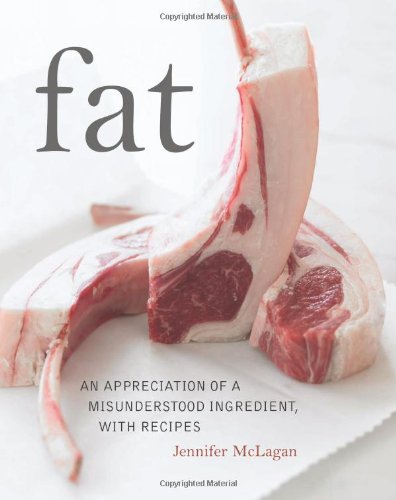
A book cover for Fat: An Appreciation of a Misunderstood Ingredient, with Recipes; Jennifer McLagan; Cookbooks, Food & Wine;